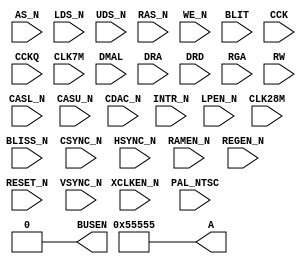

module reagnus(
	       output [20:1] A,
	       input 	    AS_N,
	       input 	    BLISS_N,
	       input 	    CASL_N,
	       input 	    CASU_N,
	       input 	    CDAC_N,
	       input 	    CSYNC_N,
	       input 	    HSYNC_N,
	       input 	    INTR_N,
	       input 	    LDS_N,
	       input 	    UDS_N,
	       input 	    LPEN_N,
	       input 	    RAMEN_N,
	       input 	    RAS_N,
	       input 	    REGEN_N,
	       input 	    RESET_N,
	       input 	    VSYNC_N,
	       input 	    WE_N,
	       input 	    XCLKEN_N,
	       output 	    BUSEN,
	       input 	    BLIT,
	       input 	    CCK,
	       input 	    CCKQ,
	       input 	    CLK7M,
	       input 	    CLK28M,
	       input 	    DMAL, 
	       input [9:0]  DRA,
	       input [15:0] DRD,
	       input 	    PAL_NTSC,
	       input [8:1]  RGA,
	       input 	    RW
	       );


   assign A = {19'b1010_1010_1010_1010_101};
   assign BUSEN = 1'b0;
   

endmodule